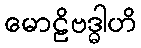
မောဠိဗဒ္ဓါဟိ